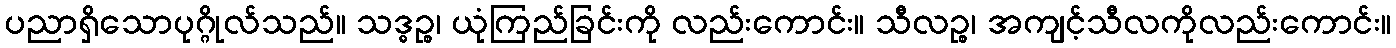
ပညာရှိသောပုဂ္ဂိုလ်သည်။ သဒ္ဓဉ္စ၊ ယုံကြည်ခြင်းကို လည်းကောင်း။ သီလဉ္စ၊ အကျင့်သီလကိုလည်းကောင်း။